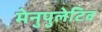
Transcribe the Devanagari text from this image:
मेनुपुलेटिव